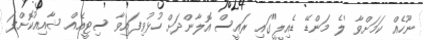
ނޫހެއް ކަމަށްވާ 'ލެ މަންޑޭ ޑެއިލީ"ގައި ރައީސް އޮލާންދަށް ހުޅުވިފައިވާ ސިޓީއެއް ޝާއިއުކޮށްފަ